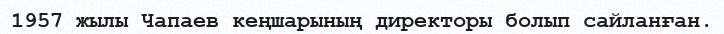
1957 жылы Чапаев кеңшарының директоры болып сайланған.